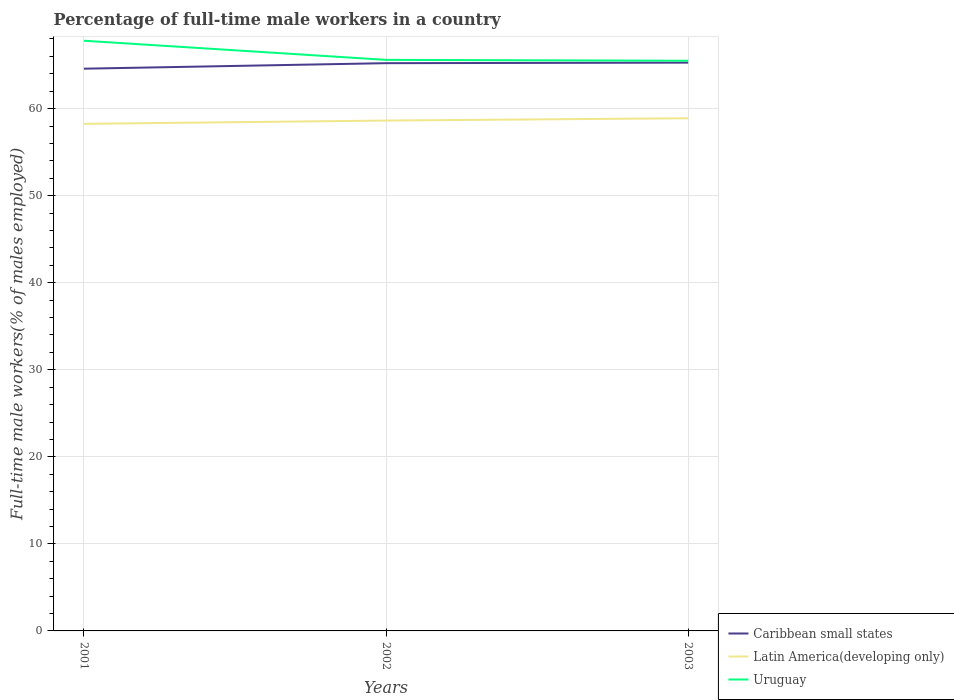
| Years | Caribbean small states | Latin America(developing only) | Uruguay |
 | --- | --- | --- | --- |
 | 2001 | 64.6 | 58.3 | 67.8 |
 | 2002 | 65.2 | 58.6 | 65.6 |
 | 2003 | 65.3 | 58.9 | 65.5 |